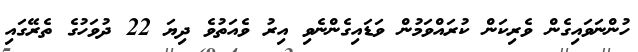
ހުންނަވައިގެން ވެރިކަން ކުރައްވަމުން ވަޑައިގެންނެވި އިރު ވެއަތުވެ ދިޔަ 22 ދުވަހުގެ ތެރޭގައި